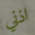
اذني